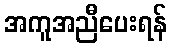
အကူအညီပေးရန်